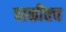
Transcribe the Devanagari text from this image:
चाळीतच